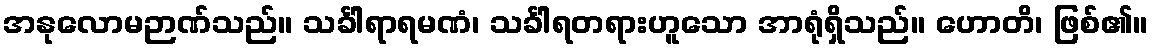
အနုလောမဉာဏ်သည်။ သင်္ခါရာရမဏံ၊ သင်္ခါရတရားဟူသော အာရုံရှိသည်။ ဟောတိ၊ ဖြစ်၏။